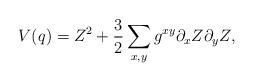
LaTeX: \begin{align*} V(q)=Z^2+\frac{3}{2}\sum_{x,y}g^{xy}\partial_xZ\partial_yZ, \end{align*}